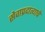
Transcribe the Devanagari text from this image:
सेवाप्रदात्याचे